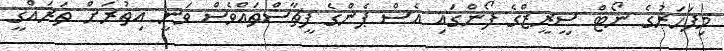
މިފަހަރުގެ ނޯޓް ސީރީޒްގެ ފޯންގައި އެސް ޕެންގެ ފީޗާސްތައްވެސް ވަނީ އިތުރަށް ތަރައްޤީ